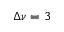
\Delta \nu = 3